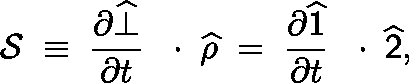
{ \cal S } \; \equiv \; \frac { \partial \widehat { \bot } } { \partial t } \, \mathrm { ~ \boldmath ~ \cdot ~ } \, \widehat { \rho } \; = \; \frac { \partial \widehat { \sf 1 } } { \partial t } \, \mathrm { ~ \boldmath ~ \cdot ~ } \, \widehat { \sf 2 } ,